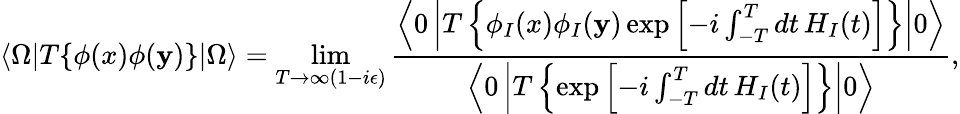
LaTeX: \langle\Omega|T\{ \phi(x)\phi(\mathbf{y})\} |\Omega\rangle=\operatorname*{lim}_{T\to\infty(1-i\epsilon)}{\frac{{\left\langle0\left|T\left\{ \phi_{I}(x)\phi_{I}(\mathbf{y})\exp\left[-i\int_{-T}^{T}dt\, H_{I}(t)\right]\right\} \right|0\right\rangle}}{{\left\langle0\left|T\left\{ \exp\left[-i\int_{-T}^{T}dt\, H_{I}(t)\right]\right\} \right|0\right\rangle}}},